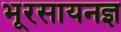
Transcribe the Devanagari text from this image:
भूरसायनज्ञ